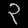
Digit: ၃